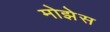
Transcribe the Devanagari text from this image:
मोझेेस